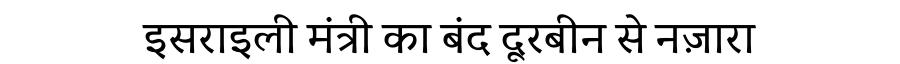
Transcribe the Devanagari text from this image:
इसराइली मंत्री का बंद दूरबीन से नज़ारा